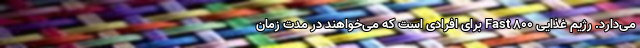
می‌دارد. رژیم غذایی Fast ۸۰۰ برای افرادی است که می‌خواهند در مدت زمان